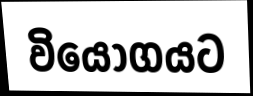
වියෝගයට